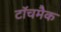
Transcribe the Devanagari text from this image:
टॉचमैक